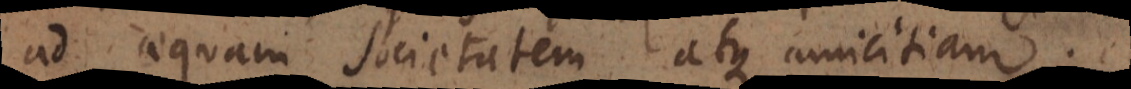
ad aequam societatem atque amicitiam;